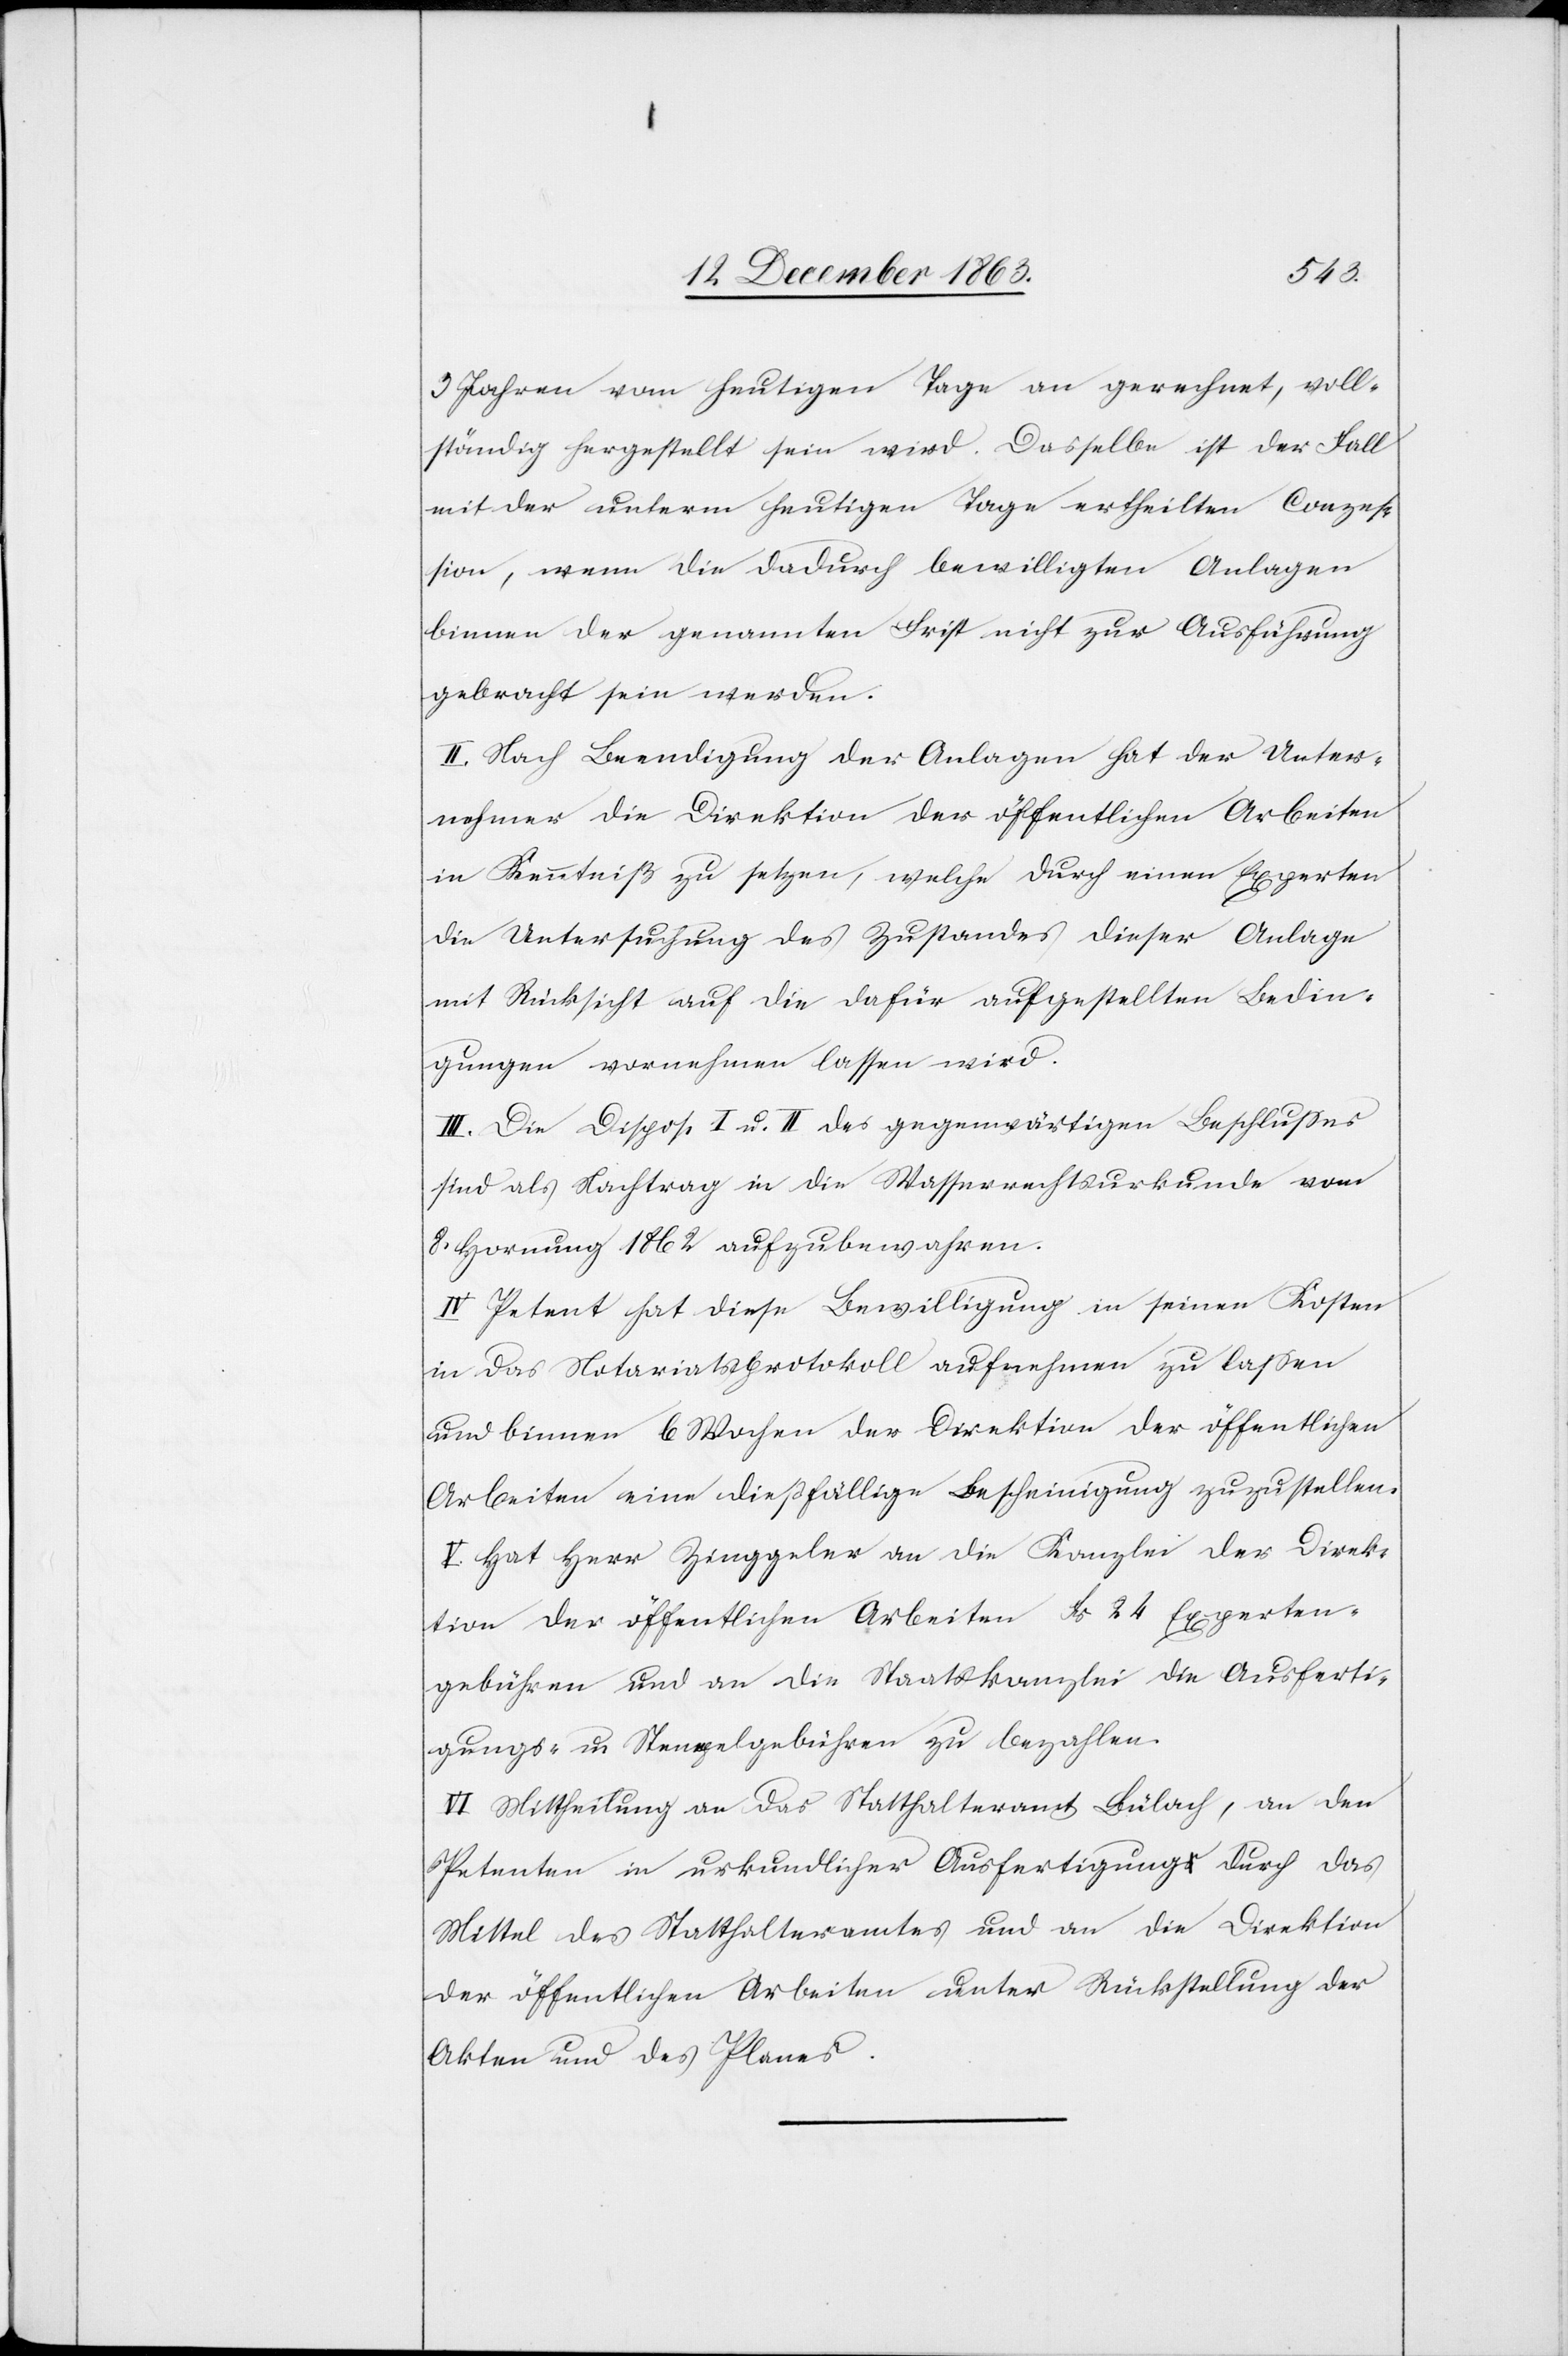
3 Jahren vom heutigen Tage an gerechnet, voll¬
ständig hergestellt sein wird. Dasselbe ist der Fall
mit der unterm heutigen Tage ertheilten Conzes¬
sion, wenn die dadurch bewilligten Anlagen
binnen der genannten Frist nicht zu Ausführung
gebracht sein werden.
II. Nach Beendigung der Anlagen hat der Unter¬
nehmer die Direktion der öffentlichen Arbeiten
in Kenntniß zu setzen, welche durch einen Experten
die Untersuchung des Zustandes dieser Anlage
mit Rücksicht auf die dafür aufgestellten Bedin¬
gungen vornehmen lassen wird.
III. Die Dispos. I u. II des gegenwärtigen Beschlusses
sind als Nachtrag in die Wasserrechtsurkunde vom
8. Hornung 1862 aufzubewahren.
IV. Petent hat diese Bewilligung in seinen Kosten
in das Notariatsprotokoll aufnehmen zu lassen
und binnen 6 Wochen der Direktion der öffentlichen
Arbeiten eine dießfällige Bescheinigung zuzustellen.
V. Hat Herr Zinggeler an die Kanzlei der Direk¬
tion der öffentlichen Arbeiten Fr. 24 Experten¬
gebühren und an die Staatskanzlei die Ausferti¬
gungs- u. Stempelgebühren zu bezahlen.
VI. Mittheilung an das Statthalteramt Bülach, an den
Petenten in urkundlicher Ausfertigung durch das
Mittel des Statthalteramtes und an die Direktion
der öffentlichen Arbeiten unter Rückstellung der
Akten und des Planes.